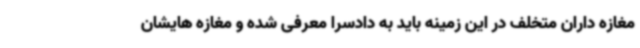
مغازه داران متخلف در این زمینه باید به دادسرا معرفی شده و مغازه هایشان